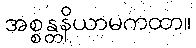
အစ္စန္တနိယာမကထာ။